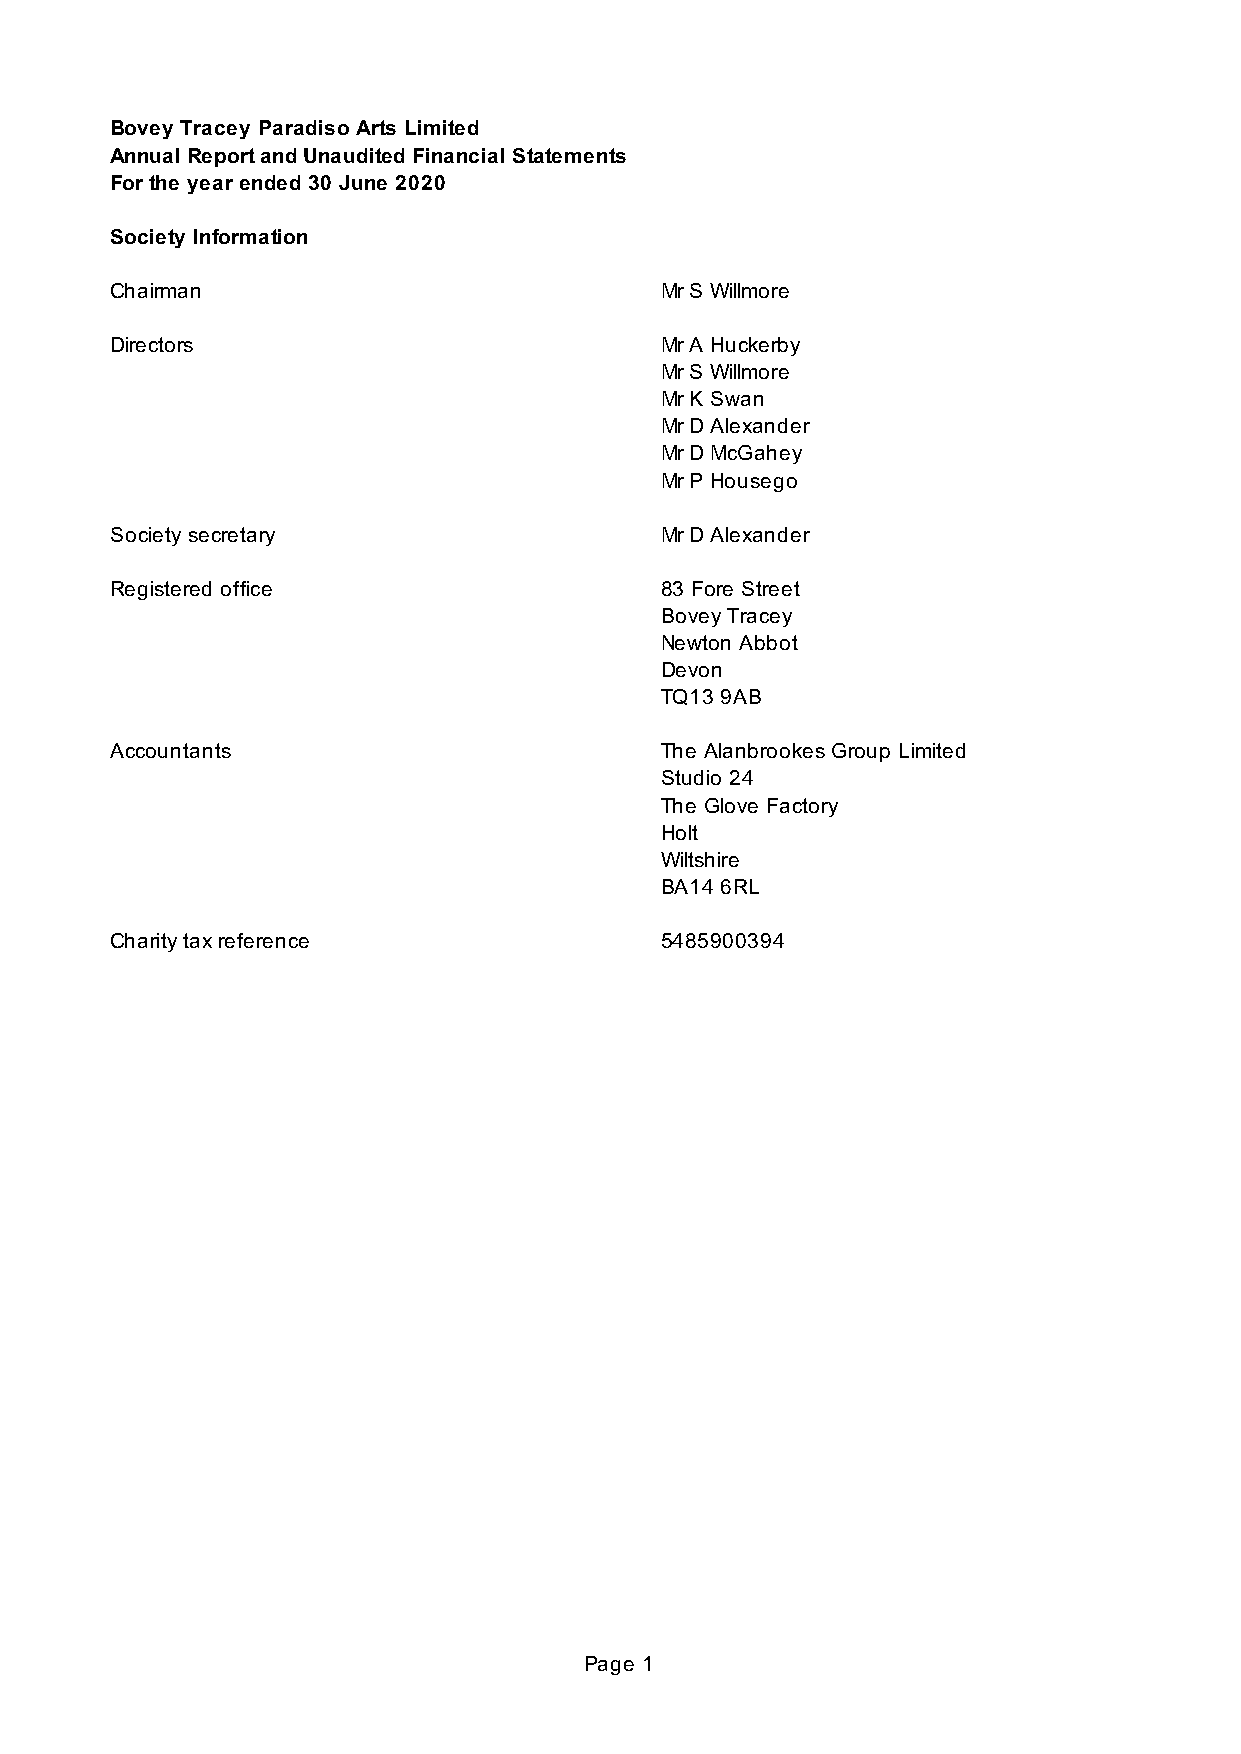
Bovey Tracey Paradiso Arts Limited
 Annual Report and Unaudited Financial Statements
 For the year ended 30 June 2020
 Society Information
 Chairman                             Mr S Willmore
 Directors                            Mr A Huckerby
 Mr S Willmore
 Mr K Swan
 Mr D Alexander
 Mr D McGahey
 Mr P Housego
 Society secretary                    Mr D Alexander
 Registered office                    83 Fore Street
 Bovey Tracey
 Newton Abbot
 Devon
 TQ13 9AB
 Accountants                          The Alanbrookes Group Limited
 Studio 24
 The Glove Factory
 Holt
 Wiltshire
 BA14 6RL
 Charity tax reference                5485900394
 Page 1